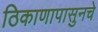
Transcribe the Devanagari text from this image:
ठिकाणापासुनचे